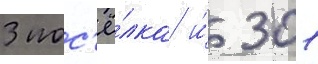
3 пос'ё́лка и́ 301